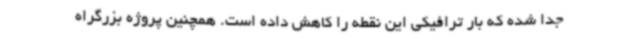
جدا شده که بار ترافیکی این نقطه را کاهش داده است. همچنین پروژه بزرگراه